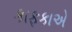
કાફકાએ